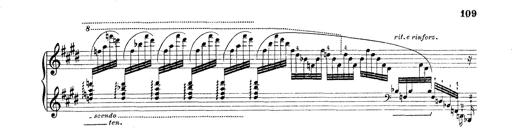
Title: Rapsodie: 19 ungheresi, 1 spagnuola
Composer: Franz Liszt